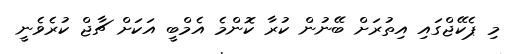
މި ޕެކޭޖްގައި އިތުރަށް ބޭނުން ކުރާ ކޮންމެ އެމްބީ އަކަށް ޗާޖް ކުރެވެނީ